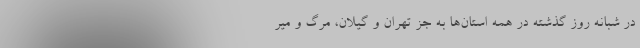
در شبانه روز گذشته در همه استان‌ها به جز تهران و گیلان، مرگ و میر